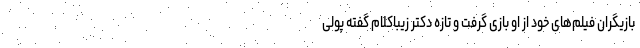
بازیگران فیلم‌های خود از او بازی گرفت و تازه دکتر زیباکلام گفته پولی